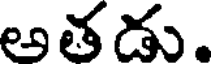
అతడు.